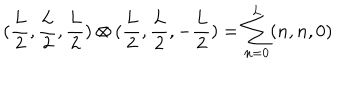
LaTeX: ( \frac { L } { 2 } , \frac { L } { 2 } , \frac { L } { 2 } ) \otimes ( \frac { L } { 2 } , \frac { L } { 2 } , - \frac { L } { 2 } ) = \sum _ { n = 0 } ^ { L } ( n , n , 0 )